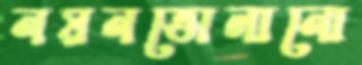
নয়নভোলানো